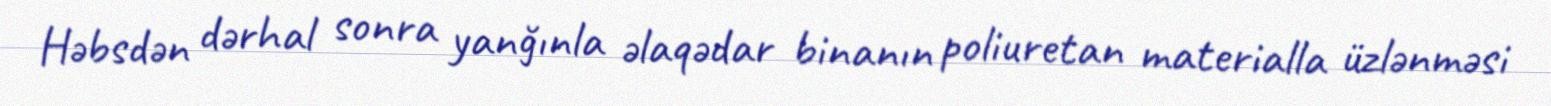
Həbsdən dərhal sonra yanğınla əlaqədar binanın poliuretan materialla üzlənməsi